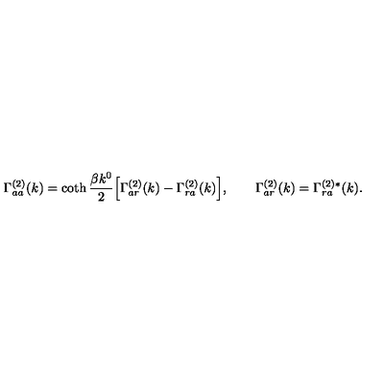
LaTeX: \Gamma _ { a a } ^ { ( 2 ) } ( k ) = \coth { \frac { \beta k ^ { 0 } } { 2 } } \Bigl [ \Gamma _ { a r } ^ { ( 2 ) } ( k ) - \Gamma _ { r a } ^ { ( 2 ) } ( k ) \Bigr ] , \qquad \Gamma _ { a r } ^ { ( 2 ) } ( k ) = \Gamma _ { r a } ^ { ( 2 ) * } ( k ) .